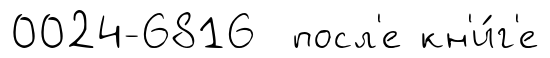
0024-6816 посл'е кн'и́г'е